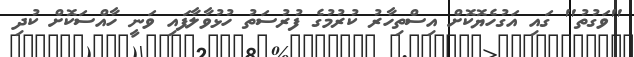
"ވަގުތު" ގައި އަގުހެޔޮކޮށް އިސްތިހާރު ކުރުމުގެ ފުރުސަތު ހުޅުވާލާފައި ވަނީ ހާއްސަކޮށް ކުދި